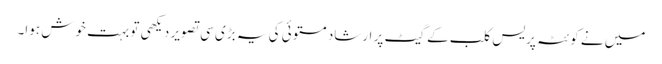
میں نے کوئٹہ پریس کلب کے گیٹ پر ارشاد مستوئی کی یہ بڑی سی تصویر دیکھی تو بہت خوش ہوا۔